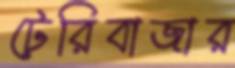
টেরিবাজার